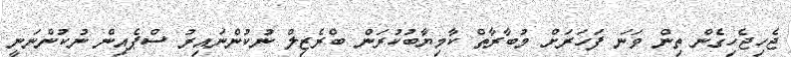
ޖެހިޖެހިގެން ތިން ވަނަ ފަހަރަށް މުބާރާތް ކާމިޔާބުކުރަން ބްރެޒިލް ނުކުންނައިރު ސްޕެއިން ނުކުންނަނީ